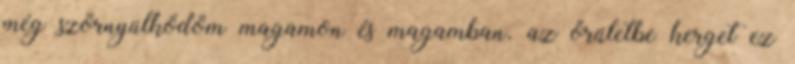
még szörnyülködöm magamon és magamban. az őrületbe kerget ez